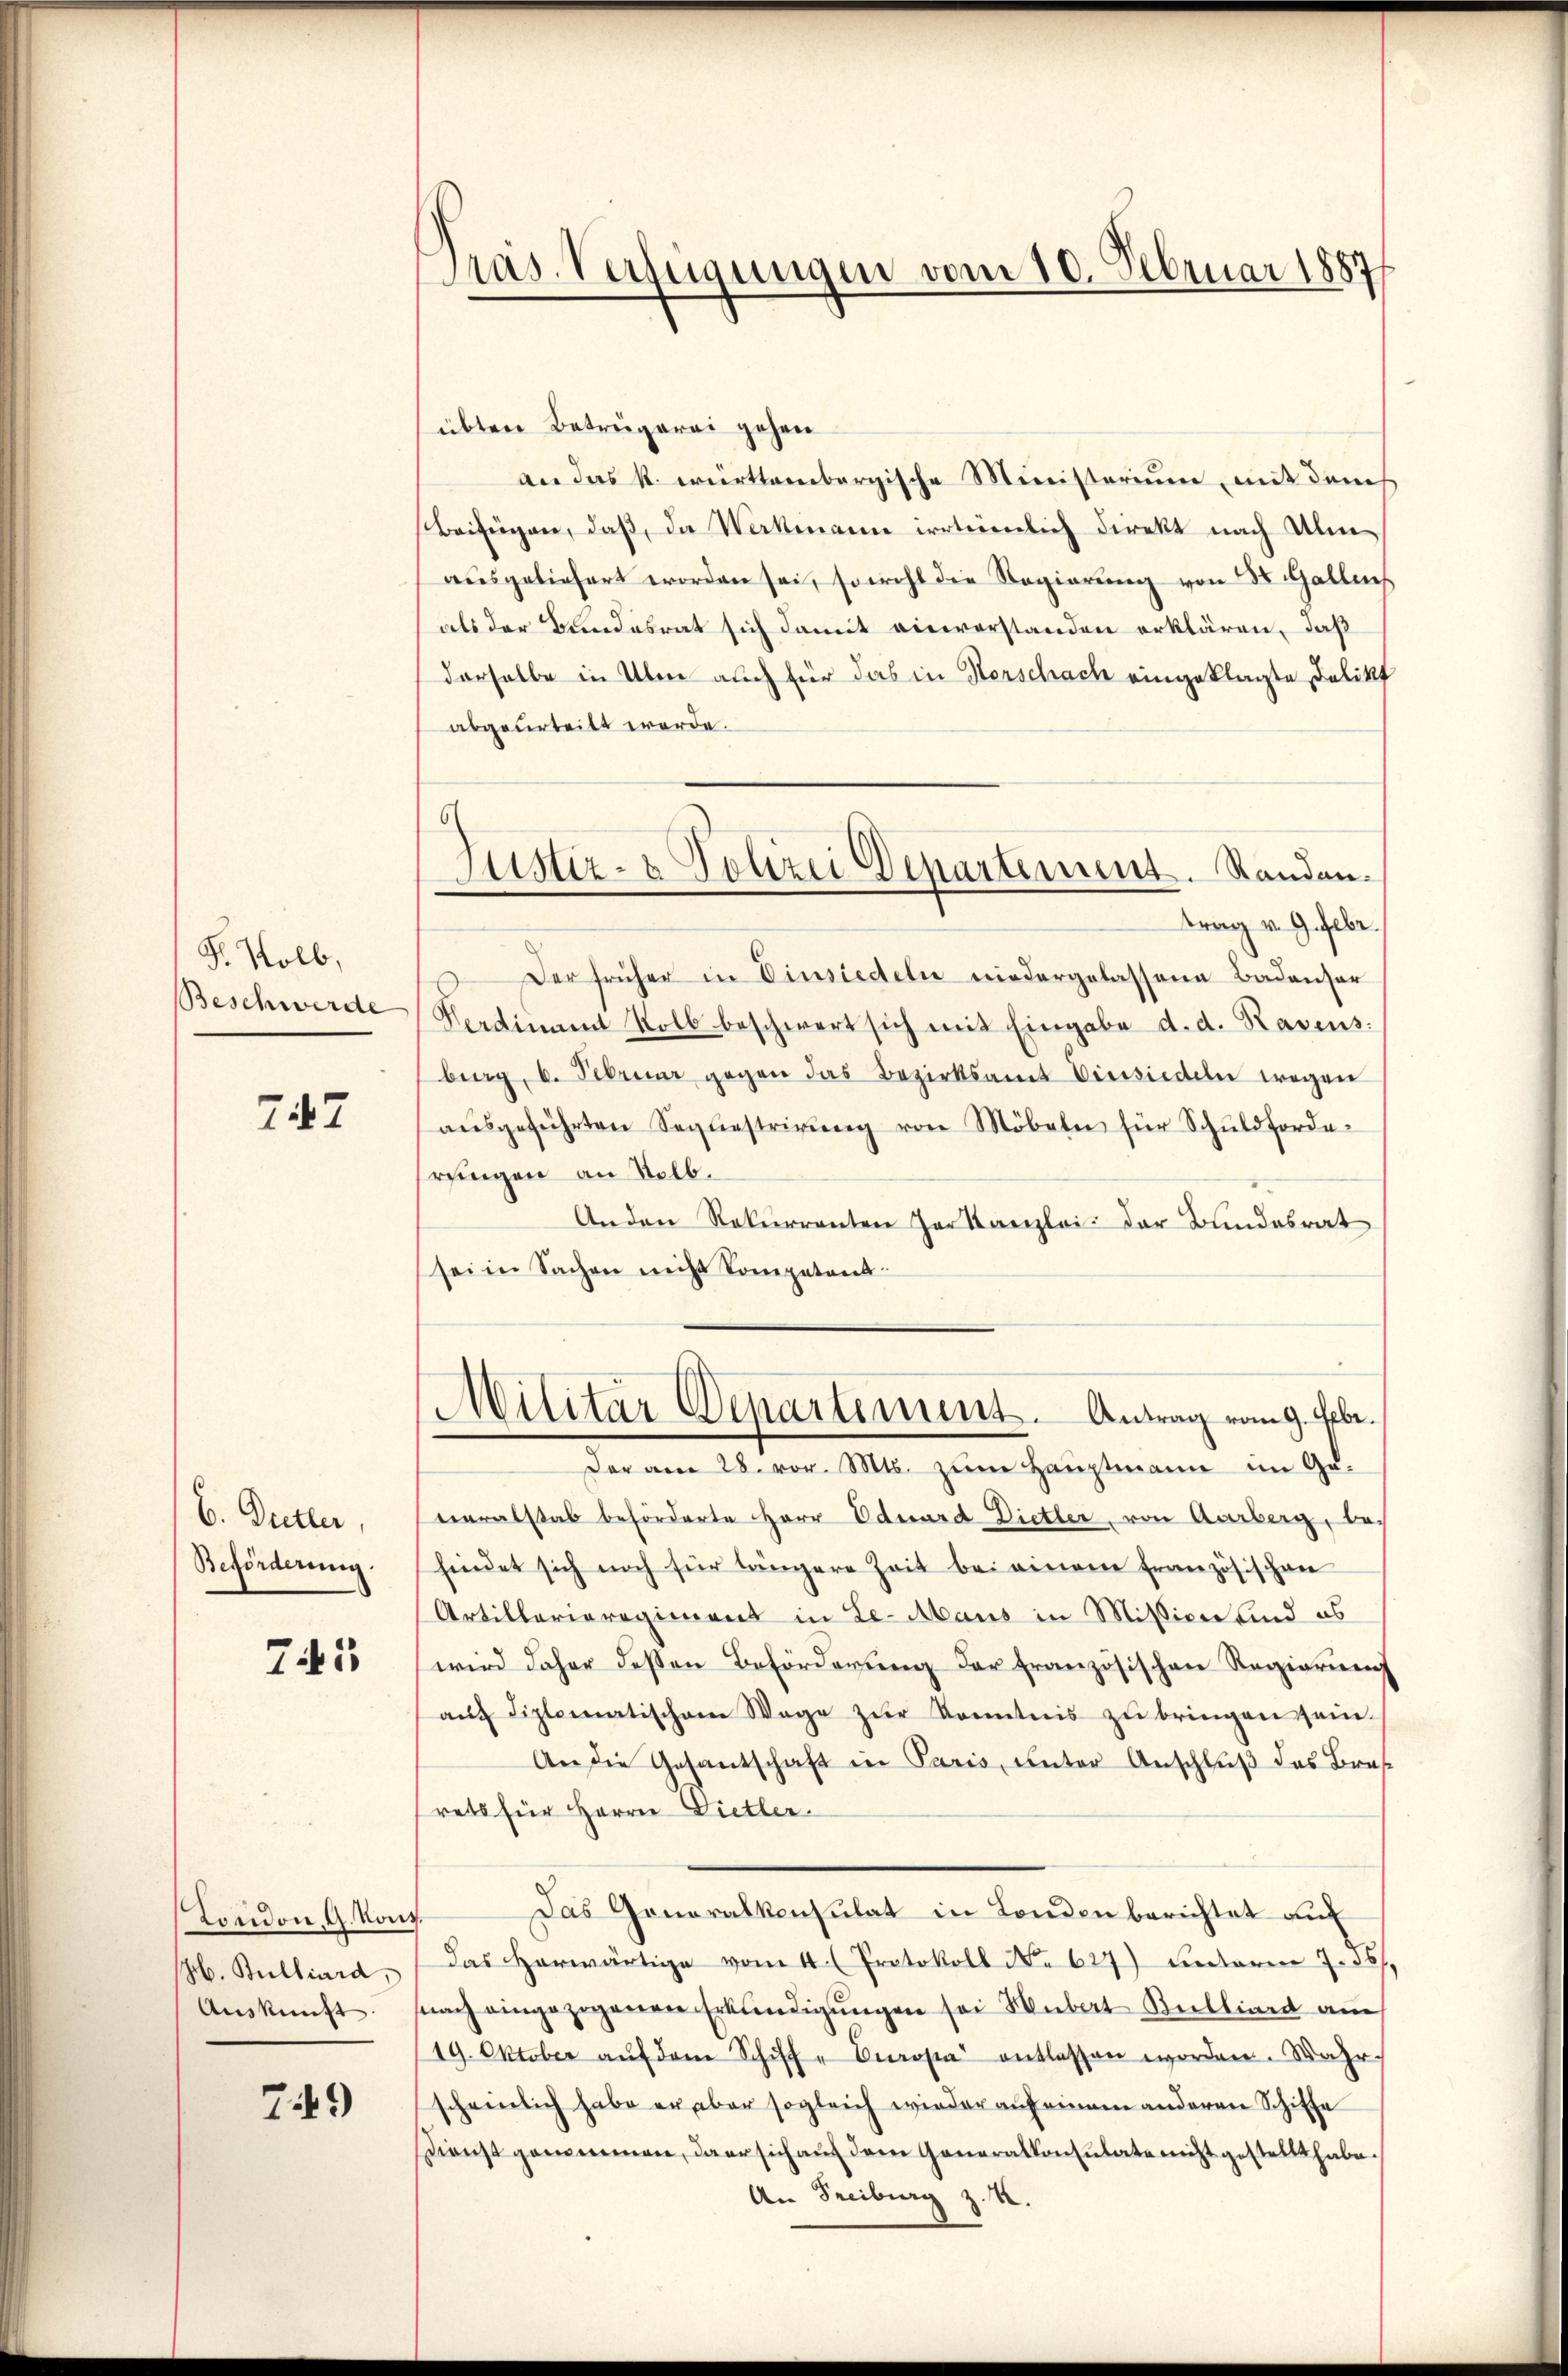
S. Kolb,
Beschwerde

747

6. Butter,
Beförderung.

71

London, G. Kons.
b. Bulliard,

749)

Pras. Verfügungen vom 10. Februar 1887

übten Betrügerei gehen
an das k. württembergische Ministerium, mit dem
Beifügen, daβ, da Werkmann irrteienlich direkt nach Ulm
aŭsgeliefert worden sei, sowohl die Regierŭng von St. Gallenf
als der Bundesrat sich damit einverstanden erklären, daß
derselbe in Über auch für das in Herschach eingeklagte Delikt
abgeurteilt werde.
trag v. 9. Febr.
Der früher in Einsiedeln niedergelassene Badenser
Verdinant Kolb beschwert sich mit Eingabe d. d. Ravens.
big, u. Februar gegen das Bezirksamt Einsiedeln wegen
aŭsgeführten Segestrirŭng von Möbeln für Schuldforde-
rungen an Selb.
Anden Rekurrenten der Kanzlei der Bundesrat
sei in Sachen nicht Kompetent
Militär Departement. Antrag vom 9. Febr.
Der am 28. vor. Mts. zŭm Hauptmann im Ge-
neralstab beförderte Herr Eduard Dietler, von Aarberg, befindet sich noch für längere Zeit bei einem französischen
Artillarioregiment in Le-Maus in Mission sind es
wird daher dessen Beförderŭng der französischen Regierŭng
aŭf diplomatischem Wege zŭr Kenntnis zu bringen sein.
An die Gesantschaft in Paris, unter Anschluß des Brus
rets für Herrn Dietler.
Das Generalkonsulat in Londenberichtet auf
Das herwärtige vom 4. (Protokoll No 627) unterm 7.26.
Aŭskŭnft nach eingezogenen Erkundigŭngen sei Hubert Bullind au
19. Oktober aŭf dem Schiff- Carosia entlassen worden. Wahr
scheinlich habe er aber sogleich wieder auf einem anderen Schiffe
Dienst genommen, daer sich auch dem Generalkonsulate nicht gestellt habe.
An Freiburg z. B.

6
Justiz- & Polizei Departement. Standan¬